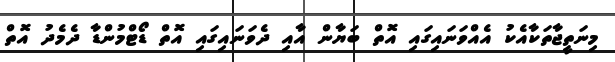
މިނަތީޖާތަކާއެކު އެއްވަނައިގައި އޮތް ބަޔާން އާއި ދެވަނައިގައި އޮތް ޑޯޓްމުންޑާ ދެމެދު އޮތް